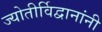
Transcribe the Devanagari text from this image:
ज्योतीर्विद्वानांनी